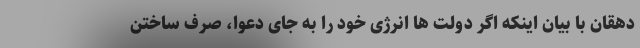
دهقان با بیان اینکه اگر دولت ها انرژی خود را به جای دعوا، صرف ساختن